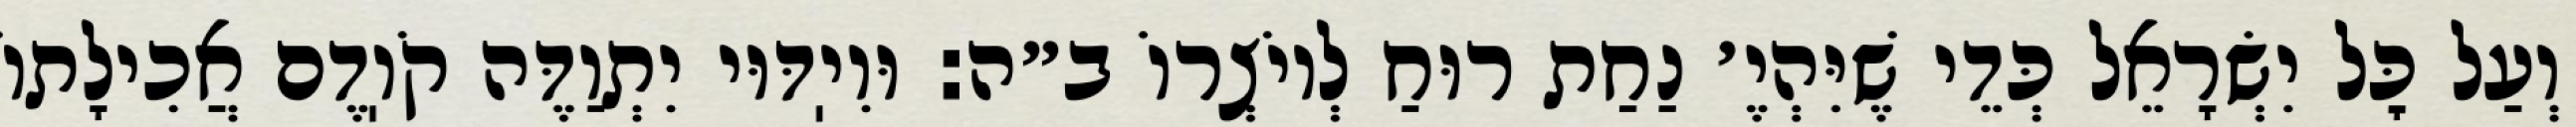
וְעַל כׇּל יִשְׂרָאֵל כְּדֵי שֶׁיִּהְיֶ׳ נַחַת רוּחַ לְיוֹצְרוֹ ב״ה: וּוִיֽדּוּי יִתְוַדֶּה קֹוֽדֶם אֲכִילָתוֹ